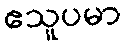
ဧသူပမာ